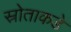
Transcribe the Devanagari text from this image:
स्रोताकडे